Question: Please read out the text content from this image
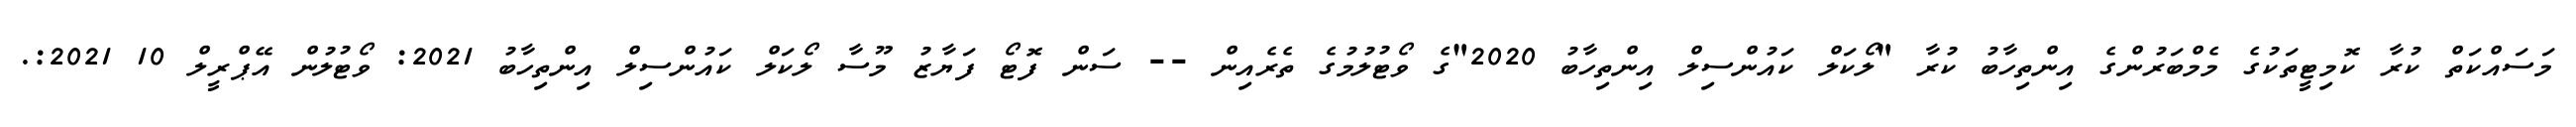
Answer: މަސައްކަތް ކުރާ ކޮމިޓީތަކުގެ މެމްބަރުންގެ އިންތިހާބު ކުރާ "ލޯކަލް ކައުންސިލް އިންތިހާބު 2020"ގެ ވޯޓުލުމުގެ ތެރެއިން -- ސަން ފޮޓޯ ފަޔާޒު މޫސާ ލޯކަލް ކައުންސިލް އިންތިހާބު 2021: ވޯޓުލުން އޭޕްރީލް 10 2021:.